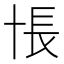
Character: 𰅸